Report on vaccination in Madras 1877-1894 - 1877-1894
Year: 1877
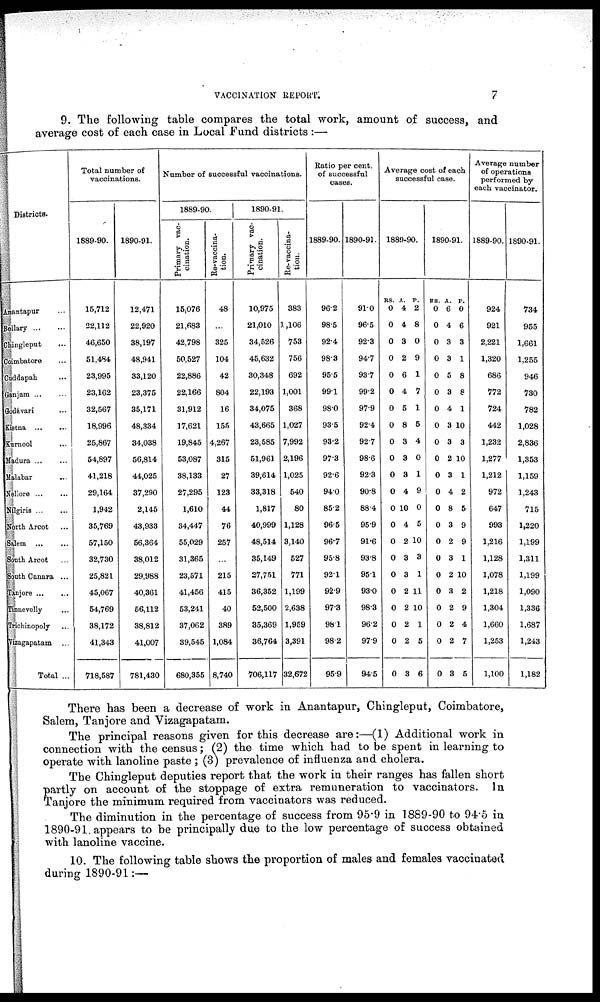
VACCINATION REPORT.
7
9. The following table compares the total work, amount of success, and
average cost of each case in Local Fund districts :—
Districts.
Anantapur ...
Bellary ... ...
Chingleput ...
Coimbatore ...
Cuddapah ...
Ganjam ... ...
Godávari ...
Kistna
...
...
Kurnool ...
Madura ... ...
Malabar ...
Nellore ... ...
Nílgiris ... ...
North Arcot ...
Salem
...
...
South Arcot ...
South Canara ...
Tanjore ... ...
Tinnevelly ...
Trichinopoly ...
Vizagapatam ...
Total ...
Total number of
vaccinations.
1889-90.
15,712
22,112
46,650
51,484
23,995
23,162
32,567
18,996
25,867
54,897
41,218
29,164
1,942
35,769
57,150
32,730
25,821
45,067
54,769
38,172
41,343
718,587
1890-91.
12,471
22,920
38,197
48,941
33,120
23,375
35,171
48,334
34,038
56,814
44,025
37,290
2,145
43,933
56,364
38,012
29,988
40,361
56,112
38,812
41,007
781,430
Number of successful vaccinations.
1889-90.
Primary vac-
cination.
15,076
21,683
42,798
50,527
22,886
22,166
31,912
17,621
19,845
53,087
38,133
27,295
1,610
34,447
55,029
31,365
23,571
41,456
53,241
37,062
39,545
680,355
Re-vaccina-
tion.
48
...
325
104
42
804
16
155
4,267
315
27
123
44
76
257
...
215
415
40
389
1,084
8,740
1890-91.
Primary vac-
cination.
10,975
21,010
34,526
45,632
30,348
22,193
34,075
43,665
23,585
51,961
39,614
33,318
1,817
40,999
48,514
35,149
27,751
36,352
52,500
35,369
36,764
706,117
Re-vaccina-
tion.
383
1,106
753
756
692
1,001
368
1,027
7,992
2,196
1,025
540
80
1,128
3,140
527
771
1,199
2,638
1,959
3,391
32,672
Ratio per cent.
of successful
cases.
1889-90.
96.2
98.5
92.4
98.3
95.5
99.1
98.0
93.5
93.2
97.3
92.6
94.0
85.2
96.5
96.7
95.8
92.1
92.9
97.3
98.1
98.2
95.9
1890-91.
91.0
96.5
92.3
94.7
93.7
99.2
97.9
92.4
92.7
98.6
92.3
90.8
88.4
95.9
91.6
93.8
95.1
93.0
98.3
96.2
97.9
94.5
Average cost of each
successful case.
1889-90.
RS.
0
0
0
0
0
0
0
0
0
0
0
0
0
0
0
0
0
0
0
0
0
0
A.
4
4
3
2
6
4
5
8
3
3
3
4
10
4
2
3
3
2
2
2
2
3
P.
2
8
0
9
1
7
1
5
4
0
1
9
0
5
10
3
1
11
10
1
5
6
1890-91.
RS.
0
0
0
0
0
0
0
0
0
0
0
0
0
0
0
0
0
0
0
0
0
0
A.
6
4
3
3
5
3
4
3
3
2
3
4
8
3
2
3
2
3
2
2
2
3
P.
0
6
3
1
8
8
1
10
3
10
1
2
5
9
9
1
10
2
9
4
7
5
Average number
of operations
performed by
each vaccinator.
1889-90.
924
921
2,221
1,320
686
772
724
442
1,232
1,277
1,212
972
647
993
1,216
1,128
1,078
1,218
1,304
1,660
1,253
1,100
1890-91.
734
955
1,661
1,255
946
730
782
1,028
2,836
1,353
1,159
1,243
715
1,220
1,199
1,311
1,199
1,090
1,336
1,687
1,243
1,182
There has been a decrease of work in Anantapur, Chingleput, Coimbatore,
Salem, Tanjore and Vizagapatam.
The principal reasons given for this decrease are:—(1) Additional work in
connection with the census ; (2) the time which had to be spent in learning to
operate with lanoline paste ; (3) prevalence of influenza and cholera.
The Chingleput deputies report that the work in their ranges has fallen short
partly on account of the stoppage of extra remuneration to vaccinators. In
Tanjore the minimum required from vaccinators was reduced.
The diminution in the percentage of success from 95.9 in 1889-90 to 94.5 in
1890-91. appears to be principally due to the low percentage of success obtained
with lanoline vaccine.
10. The following table shows the proportion of males and females vaccinated
during 1890-91:—